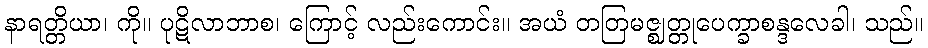
နာရတ္တိယာ၊ ကို။ ပုဋိလာဘာစ၊ ကြောင့် လည်းကောင်း။ အယံ တတြမဇ္ဈတ္တုပေက္ခာစန္ဒလေခါ၊ သည်။